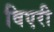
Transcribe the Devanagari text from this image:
विएरी